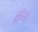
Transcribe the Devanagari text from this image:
सैप्ट